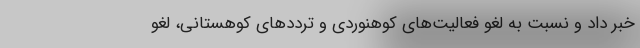
خبر داد و نسبت به لغو فعالیت‌های کوهنوردی و ترددهای کوهستانی، لغو